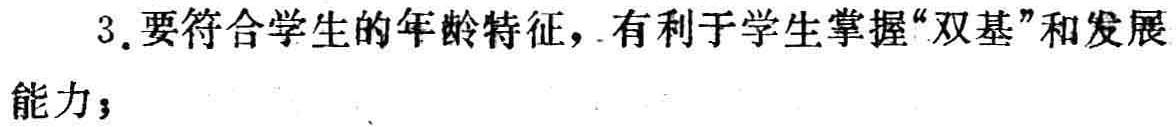
3. 要符合学生的年龄特征，有利于学生掌握“双基”和发展能力；